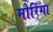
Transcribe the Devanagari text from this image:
मोरिंगा